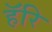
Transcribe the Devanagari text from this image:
हॅरि